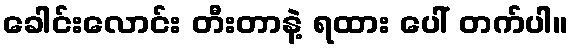
ခေါင်းလောင်း တီးတာနဲ့ ရထား ပေါ် တက်ပါ။